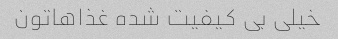
خیلی بی کیفیت شده غذاهاتون